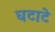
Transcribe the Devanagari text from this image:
घटाटे